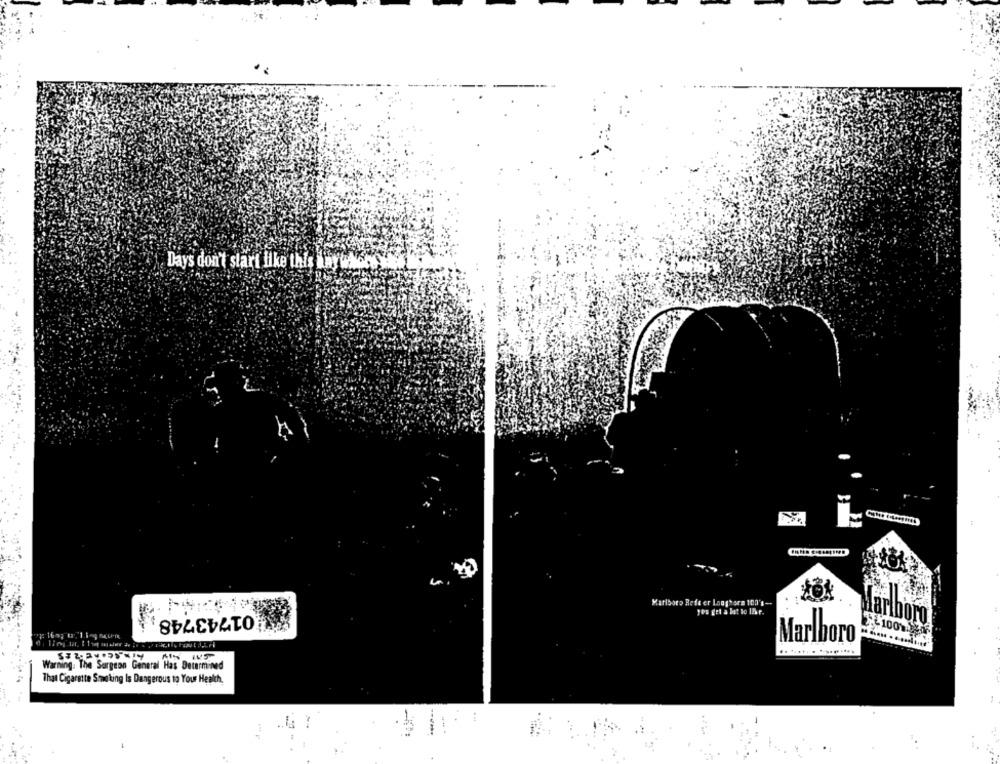
Days don't start like this way W
Marlboro Rede er Longhera 100's --
01743748
Laribor
+1001.07
Marlboro
.. .
.....
Warning: The Surgeon General Has Determined
That Cigarette Sowe ting Is Dangerous to Your Health.
.
.. 4
?
.